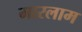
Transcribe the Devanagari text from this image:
मारलाम